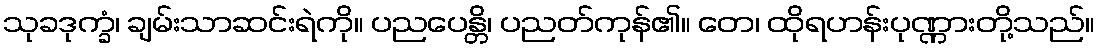
သုခဒုက္ခံ၊ ချမ်းသာဆင်းရဲကို။ ပညပေန္တိ၊ ပညတ်ကုန်၏။ တေ၊ ထိုရဟန်းပုဏ္ဏားတို့သည်။